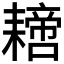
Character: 𦔝